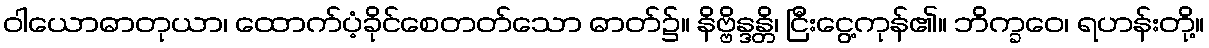
ဝါယောဓာတုယာ၊ ထောက်ပံ့ခိုင်စေတတ်သော ဓာတ်၌။ နိဗ္ဗိန္ဒန္တိ၊ ငြီးငွေ့ကုန်၏။ ဘိက္ခဝေ၊ ရဟန်းတို့။